Report on vaccination North-West Frontier Province 1904-1922 - 1904-1922
Year: 1904
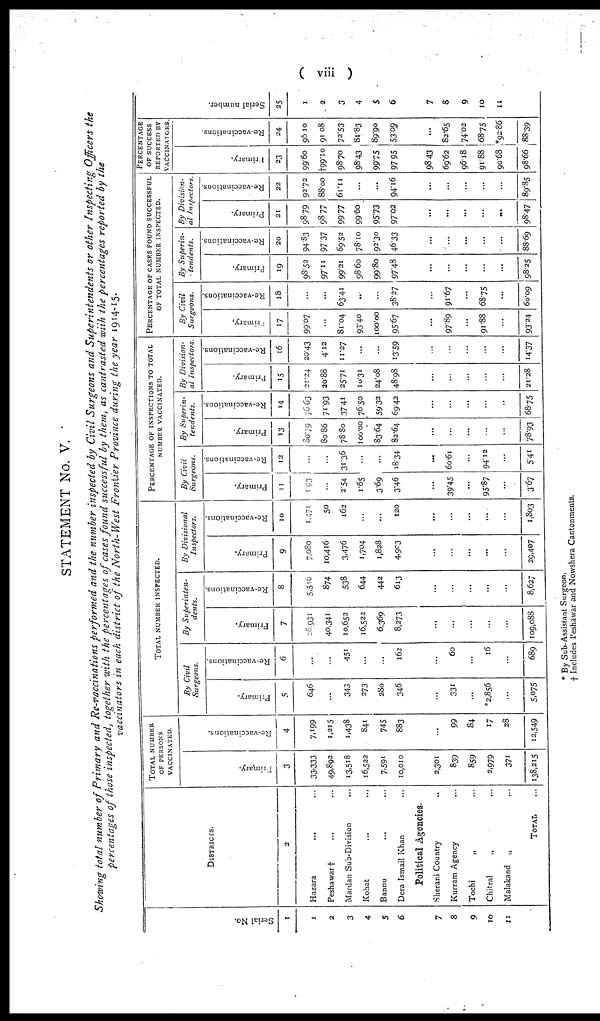
( viii)
STATEMENT No. V.
Showing total number of Primary and Re-vaccinations performed and the number inspected by Civil Surgeons and Superintendents or other Inspecting Officers the
Percentages of those inspected, together with the percentages of cases found successful by them, as cantrasted wiih the percentages reported by the
vaccinators in each district of the North-West Frontier Province during the year 1914-15.
Serial No.
1
1
2
3
4
5
6
7
8
9
10
11
DISTRICTS.
2
Hazara ... ...
Peshawar † ... ...
Mardan Sub-Division ...
Kohat ... ...
Bannu ... ...
Dera Ismail Khan ...
Political Agencies.
Sherani Country ...
Kurram Agency ...
Tochi
„ ...
Chitral „ ...
Malakand
„ ...
TOTAL ...
TOTAL NUMBER
OF PERSONS
VACCINATED.
Primary.
3
33,333
49,892
13,518
16,522
7,591
10,010
2,301
839
859
2,979
371
138,215
Re-vaccinations.
4
7,199
1,215
1,438
841
745
883
...
99
84
17
28
12,549
TOTAL NUMBER INSPECTED.
By Civil
Surgeons.
Primary.
5
646
...
343
273
280
346
...
331
...
*2,856
...
5,075
Re-vaccinations.
6
...
...
451
...
...
162
...
60
...
16
...
689
By
Superinten-
dents.
Primary.
7
26,931
40,341
10,652
16,523
6,369
8,273
...
...
...
...
...
109,088
Re-vaccinations.
8
5,510
874
538
644
442
613
...
...
...
...
...
8,627
By Divisional
Inspectors.
Primary.
9
7,080
10,416
3,476
1,704
1,828
4,903
...
...
...
...
...
29,407
Re-vaccinations.
10
1,471
50
162
...
...
120
...
...
...
...
...
1,803
PERCENTAGE OF INSPECTIONS TO TOTAL
NUMBER VACCINATED.
By Civil
Surgeons.
Primary.
11
1.93
...
2.54
1.65
3.69
3.46
...
39.45
...
95.87
...
3.67
Re-vaccinations.
12
...
...
31.36
...
...
18.34
...
60.61
...
94.12
...
5.41
By Superin¬
tendents.
Primary.
13
80.7
80.86
78.80
100.00
83.64
82.64
...
...
...
...
...
78.93
Re-vaccinations.
14
76,63
71.93
37.41
76.50
59.32
69.42
...
...
...
...
...
68.75
By Division-
al Inspectors.
Primary.
15
21.24
20.88
25.71
10.31
24.08
48.98
...
...
...
...
...
21.28
Re-vaccinations.
16
20.43
4.12
11.27
...
...
13.59
...
...
...
...
...
14.37
PERCENTAGE OF CASES FOUND SUCCESSFUL
OF TOTAL NUMBER INSPECTED.
By Civil
Surgeons.
Primary.
17
99.07
...
81.04
93.40
100.00
95.67
...
97.89
...
91.88
...
93.24
Re-vaccinations.
18
...
...
63.41
...
...
38.27
...
91.67
...
68.75
...
60.09
By Superin-
tendents.
Primary.
19
98.52
97.11
99.21
98.60
99.80
97.48
...
...
...
...
...
98.25
Re-vaccinations.
20
94.83
97.37
69.52
78.10
92.30
46.33
...
...
...
...
...
88.69
By Division-
al Inspectors.
Primary.
21
98.79
98.77
99.77
99.60
95.73
97.02
...
...
...
...
...
98.47
Re-vaccinations.
22
92.72
88.00
61.11
...
...
94.16
...
...
...
...
...
89.85
PERCENTAGE
OF SUCCESS
REPORTED BY
VACCINATORS.
Primary.
23
99.60
†99.10
98.70
98.43
99.75
97.95
98.43
69.62
96.18
91.88
90.68
98.66
Re-vaccinations.
24
96.10
91.08
72.53
81.83
89.90
53.09
...
82.65
74.02
68.75
*92.86
88.39
Serial number.
25
1
2
3
4
5
6
7
8
9
10
11
* By Sub-Assistant Surgeon.
† Includes Peshawar and Nowshera Cantonments.